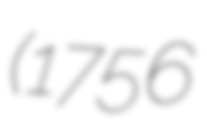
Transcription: (1756